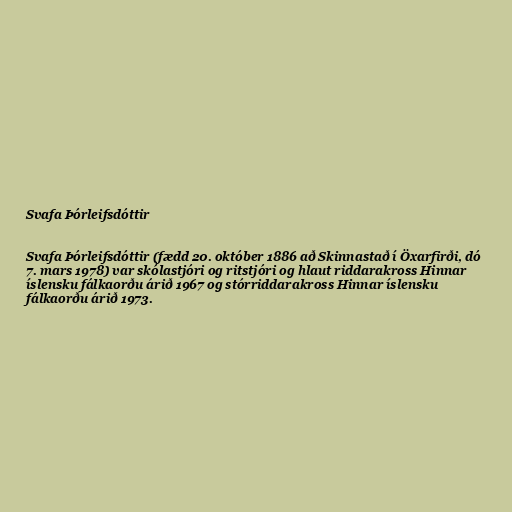
Svafa Þórleifsdóttir

Svafa Þórleifsdóttir (fædd 20. október 1886 að Skinnastað í Öxarfirði, dó
7. mars 1978) var skólastjóri og ritstjóri og hlaut riddarakross Hinnar
íslensku fálkaorðu árið 1967 og stórriddarakross Hinnar íslensku
fálkaorðu árið 1973.